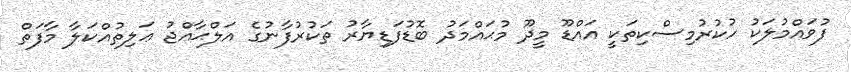
ފުވައްމުލަކު ހުކުރުމިސްކިތަކީ އައްޑޫ މީދޫ މުޙައްމަދު ބޮޑުފަޑިޔާރު ތަކުރުފާނުގެ އަލްޙާއްޖު ޢަލިތުއްކަލާ މާފަތް